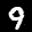
Label: 9